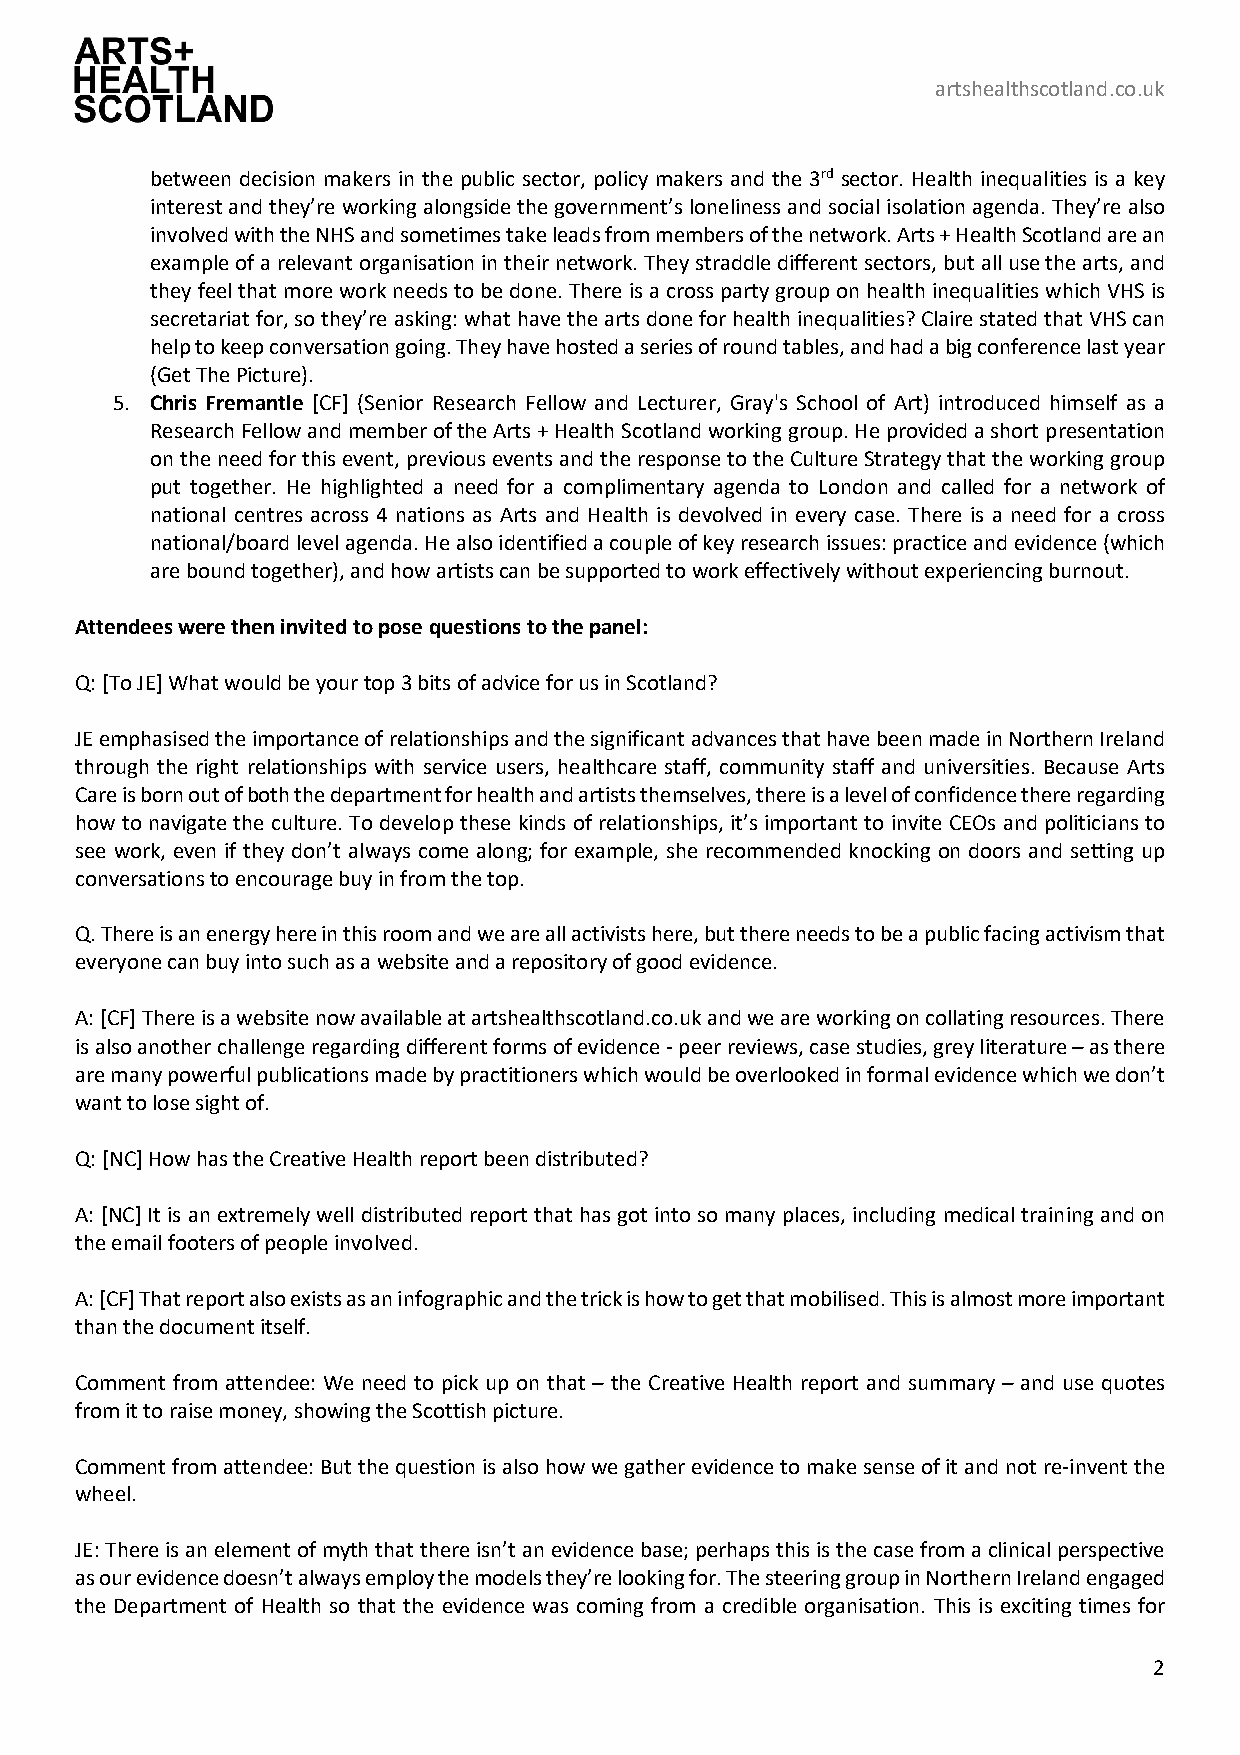
artshealthscotland.co.uk
 between decision makers in the public sector, policy makers and the 3rd sector. Health inequalities is a key
 interest and they’re working alongside the government’s loneliness and social isolation agenda. They’re also
 involved with the NHS and sometimes take leads from members of the network. Arts + Health Scotland are an
 example of a relevant organisation in their network. They straddle different sectors, but all use the arts, and
 they feel that more work needs to be done. There is a cross party group on health inequalities which VHS is
 secretariat for, so they’re asking: what have the arts done for health inequalities? Claire stated that VHS can
 help to keep conversation going. They have hosted a series of round tables, and had a big conference last year
 (Get The Picture).
 5. Chris Fremantle [CF] (Senior Research Fellow and Lecturer, Gray's School of Art) introduced himself as a
 Research Fellow and member of the Arts + Health Scotland working group. He provided a short presentation
 on the need for this event, previous events and the response to the Culture Strategy that the working group
 put together. He highlighted a need for a complimentary agenda to London and called for a network of
 national centres across 4 nations as Arts and Health is devolved in every case. There is a need for a cross
 national/board level agenda. He also identified a couple of key research issues: practice and evidence (which
 are bound together), and how artists can be supported to work effectively without experiencing burnout.
 Attendees were then invited to pose questions to the panel:
 Q: [To JE] What would be your top 3 bits of advice for us in Scotland?
 JE emphasised the importance of relationships and the significant advances that have been made in Northern Ireland
 through the right relationships with service users, healthcare staff, community staff and universities. Because Arts
 Care is born out of both the department for health and artists themselves, there is a level of confidence there regarding
 how to navigate the culture. To develop these kinds of relationships, it’s important to invite CEOs and politicians to
 see work, even if they don’t always come along; for example, she recommended knocking on doors and setting up
 conversations to encourage buy in from the top.
 Q. There is an energy here in this room and we are all activists here, but there needs to be a public facing activism that
 everyone can buy into such as a website and a repository of good evidence.
 A: [CF] There is a website now available at artshealthscotland.co.uk and we are working on collating resources. There
 is also another challenge regarding different forms of evidence - peer reviews, case studies, grey literature – as there
 are many powerful publications made by practitioners which would be overlooked in formal evidence which we don’t
 want to lose sight of.
 Q: [NC] How has the Creative Health report been distributed?
 A: [NC] It is an extremely well distributed report that has got into so many places, including medical training and on
 the email footers of people involved.
 A: [CF] That report also exists as an infographic and the trick is how to get that mobilised. This is almost more important
 than the document itself.
 Comment from attendee: We need to pick up on that – the Creative Health report and summary – and use quotes
 from it to raise money, showing the Scottish picture.
 Comment from attendee: But the question is also how we gather evidence to make sense of it and not re-invent the
 wheel.
 JE: There is an element of myth that there isn’t an evidence base; perhaps this is the case from a clinical perspective
 as our evidence doesn’t always employ the models they’re looking for. The steering group in Northern Ireland engaged
 the Department of Health so that the evidence was coming from a credible organisation. This is exciting times for
 2